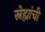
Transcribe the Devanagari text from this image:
स्नेह्यांची